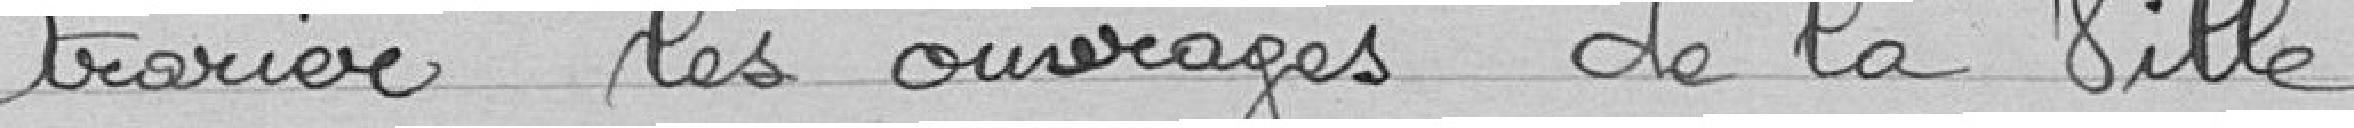
trarier les ouvrages de la ville.